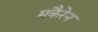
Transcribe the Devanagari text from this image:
मकैरेन